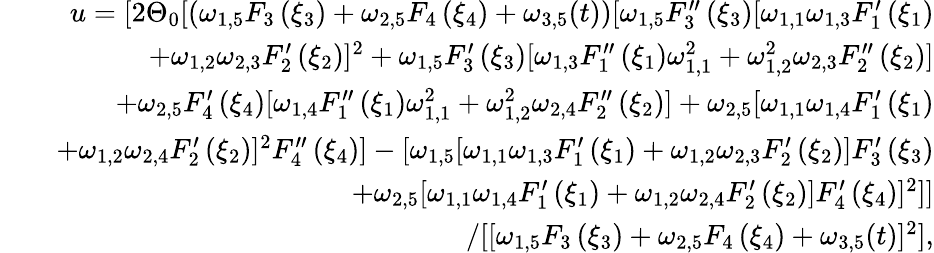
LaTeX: \begin{array}{rlr}&{}&{u=[2\Theta_{0}[\left(\omega_{1,5}F_{3}\left(\xi_{3}\right)+\omega_{2,5}F_{4}\left(\xi_{4}\right)+\omega_{3,5}(t)\right)[\omega_{1,5}F_{3}^{\prime\prime}\left(\xi_{3}\right)[\omega_{1,1}\omega_{1,3}F_{1}^{\prime}\left(\xi_{1}\right)}\\ &{}&{+\omega_{1,2}\omega_{2,3}F_{2}^{\prime}\left(\xi_{2}\right)]^{2}+\omega_{1,5}F_{3}^{\prime}\left(\xi_{3}\right)[\omega_{1,3}F_{1}^{\prime\prime}\left(\xi_{1}\right)\omega_{1,1}^{2}+\omega_{1,2}^{2}\omega_{2,3}F_{2}^{\prime\prime}\left(\xi_{2}\right)]}\\ &{}&{+\omega_{2,5}F_{4}^{\prime}\left(\xi_{4}\right)[\omega_{1,4}F_{1}^{\prime\prime}\left(\xi_{1}\right)\omega_{1,1}^{2}+\omega_{1,2}^{2}\omega_{2,4}F_{2}^{\prime\prime}\left(\xi_{2}\right)]+\omega_{2,5}[\omega_{1,1}\omega_{1,4}F_{1}^{\prime}\left(\xi_{1}\right)}\\ &{}&{+\omega_{1,2}\omega_{2,4}F_{2}^{\prime}\left(\xi_{2}\right)]^{2}F_{4}^{\prime\prime}\left(\xi_{4}\right)]-[\omega_{1,5}[\omega_{1,1}\omega_{1,3}F_{1}^{\prime}\left(\xi_{1}\right)+\omega_{1,2}\omega_{2,3}F_{2}^{\prime}\left(\xi_{2}\right)]F_{3}^{\prime}\left(\xi_{3}\right)}\\ &{}&{+\omega_{2,5}[\omega_{1,1}\omega_{1,4}F_{1}^{\prime}\left(\xi_{1}\right)+\omega_{1,2}\omega_{2,4}F_{2}^{\prime}\left(\xi_{2}\right)]F_{4}^{\prime}\left(\xi_{4}\right)]^{2}]]}\\ &{}&{/[[\omega_{1,5}F_{3}\left(\xi_{3}\right)+\omega_{2,5}F_{4}\left(\xi_{4}\right)+\omega_{3,5}(t)]^{2}],}\end{array}